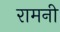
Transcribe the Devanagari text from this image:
रामनी